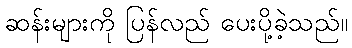
ဆန်းများကို ပြန်လည် ပေးပို့ခဲ့သည်။